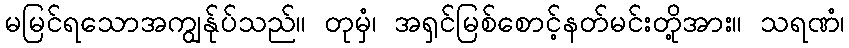
မမြင်ရသောအကျွန်ုပ်သည်။ တုမှံ၊ အရှင်မြစ်စောင့်နတ်မင်းတို့အား။ သရဏံ၊